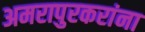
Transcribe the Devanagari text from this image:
अमरापुरकरांना